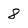
Character: 8